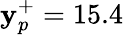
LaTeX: \mathbf{y}_{p}^{+}=15.4